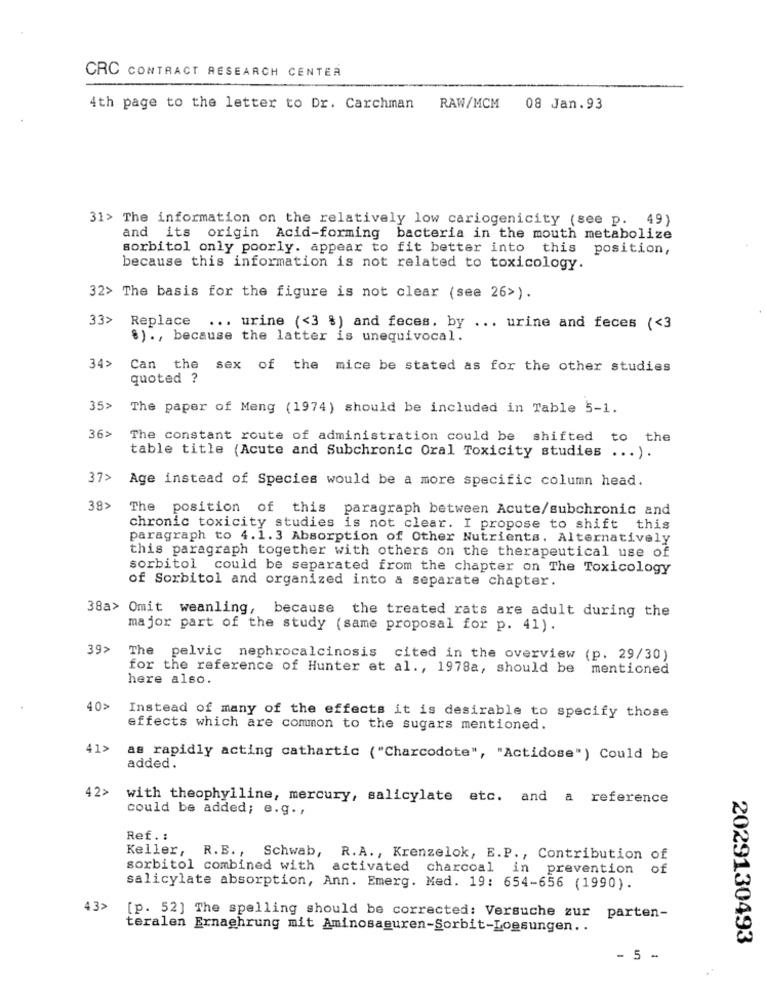
CRC CONTRACT RESEARCH CENTER
4th page to the letter to Dr. Carchman RAW/MCM 08 Jan.93
31> The information on the relatively low cariogenicity (see p. 49)
and its origin Acid-forming bacteria in the mouth metabolize
sorbitol only poorly. appear to fit better into this position,
because this information is not related to toxicology.
32> The basis for the figure is not clear (see 26>).
33> Replace ... urine (<3 %) and feces. by ... urine and feces (<3
8) ., because the latter is unequivocal.
34>
Can the sex of the mice be stated as for the other studies
quoted ?
35>
The paper of Meng (1974) should be included in Table 5-1.
36>
The constant route of administration could be shifted to the
table title (Acute and Subchronic Oral Toxicity studies ... ).
37> Age instead of Species would be a more specific column head.
38>
The
position of this paragraph between Acute/subchronic and
chronic toxicity studies is not clear. I propose to shift this
paragraph to 4.1.3 Absorption of Other Nutrients. Alternatively
this paragraph together with others on the therapeutical use of
sorbitol could be separated from the chapter on The Toxicology
of Sorbitol and organized into a separate chapter.
38a> Omit weanling, because the treated rats are adult during the
major part of the study (same proposal for p. 41).
39>
The pelvic nephrocalcinosis cited in the overview (p. 29/30)
for the reference of Hunter et al ., 1978a, should be mentioned
here also.
40>
Instead of many of the effects it is desirable to specify those
effects which are common to the sugars mentioned.
41>
as rapidly acting cathartic ("Charcodote", "Actidose") Could be
added.
42>
with theophylline, mercury, salicylate etc. and a reference
could be added; e.g. ,
Ref. :
Keller, R.E ., Schwab, R.A ., Krenzelok, E.P ., Contribution of
sorbitol combined with activated charcoal in prevention
of
salicylate absorption, Ann. Emerg. Med. 19: 654-656 (1990).
43>
[p. 52] The spelling should be corrected: Versuche zur parten-
teralen Ernaehrung mit Aminosaeuren-Sorbit-Loesungen ..
2029130493
- 5 -